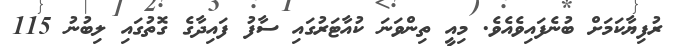
ރުފިޔާކަމަށް ބުނެފައިވެއެވެ. މިއީ ތިންވަނަ ކުއާޓަރުގައި ސާފު ފައިދާގެ ގޮތުގައި ލިބުނު 115